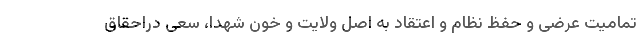
تمامیت عرضی و حفظ نظام و اعتقاد به اصل ولایت و خون شهدا، سعی دراحقاق